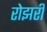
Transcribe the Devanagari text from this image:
रोझरी